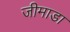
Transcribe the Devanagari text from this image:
जीमाडा